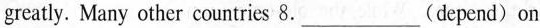
greatly. Many other countries 8.___(depend)on